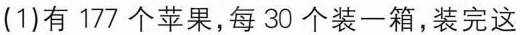
(1)有177个苹果，每30个装一箱，装完这